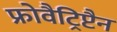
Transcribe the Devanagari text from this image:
फ्रोवैट्रिप्टैन